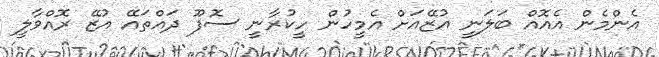
އެންމެން އެއޮއް ބަލަނީ އުޒޭއަށް އެމީހުން ހީކުރާނީ ސޮފޫ ދައްތައޭ އުޒޭ ރޮއްވާލީ